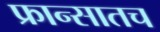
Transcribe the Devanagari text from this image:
फ्रान्सातच